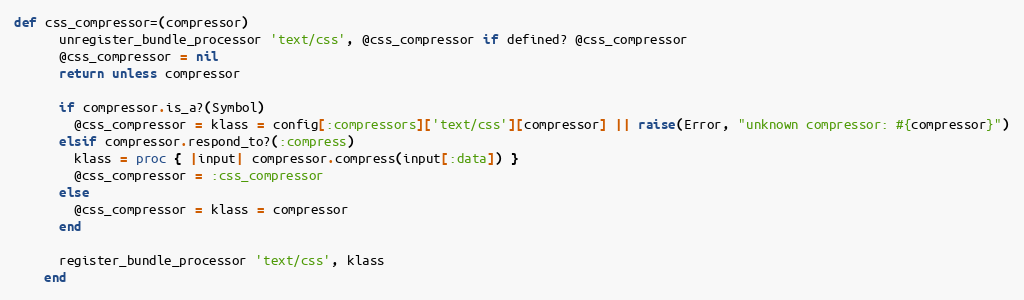
Language: Ruby
def css_compressor=(compressor)
      unregister_bundle_processor 'text/css', @css_compressor if defined? @css_compressor
      @css_compressor = nil
      return unless compressor

      if compressor.is_a?(Symbol)
        @css_compressor = klass = config[:compressors]['text/css'][compressor] || raise(Error, "unknown compressor: #{compressor}")
      elsif compressor.respond_to?(:compress)
        klass = proc { |input| compressor.compress(input[:data]) }
        @css_compressor = :css_compressor
      else
        @css_compressor = klass = compressor
      end

      register_bundle_processor 'text/css', klass
    end